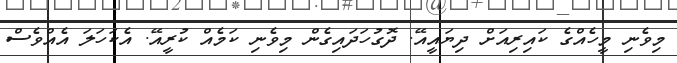
މިވެނި މީހެއްގެ ކައިރިއަށް ދިޔައީއޭ. ދޮގުހަދައިގެން މިވެނި ކަމެއް ކުރީއޭ. އެކަހަލަ އެއްވެސް